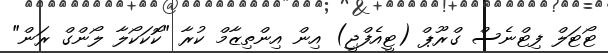
ޓޯޓަލް ފިޓްނެސް ގްރޫޕް (ޓީއެފްޖީ) އިން އިންތިޒާމް ކުރާ "ކޮކަކޯލާ ލޯންގް ރަން"